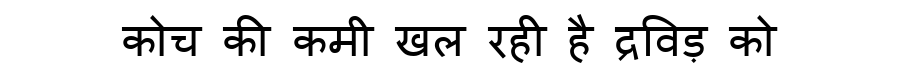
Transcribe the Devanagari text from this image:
कोच की कमी खल रही है द्रविड़ को